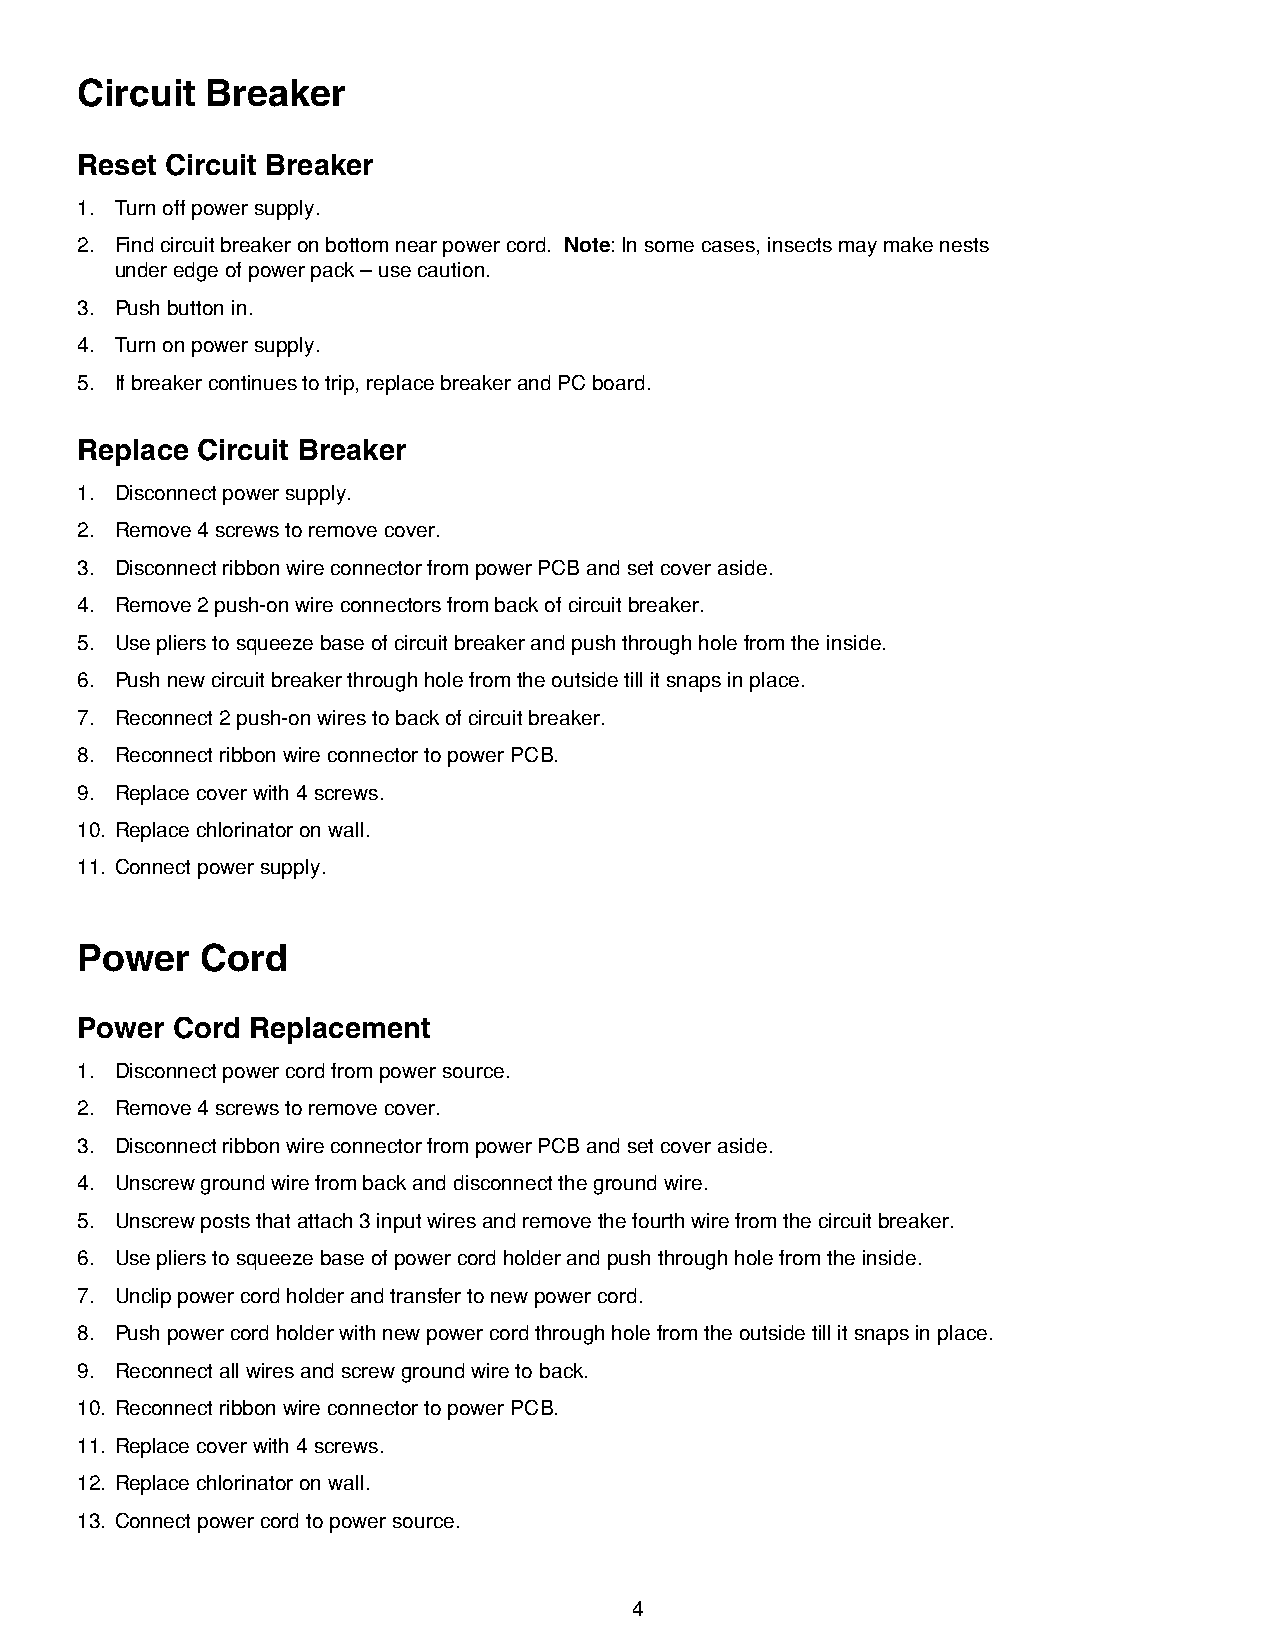
Circuit  Breaker
 Reset Circuit Breaker
 1 . Turn off power supply .
 2 . Find circuit breaker on bottom near power cord . Note: In some cases, insects may make nests
 under edge of power pack – use caution .
 3 . Push button in .
 4 . Turn on power supply .
 5 . If breaker continues to trip, replace breaker and PC board .
 Replace Circuit Breaker
 1 . Disconnect power supply .
 2 . Remove 4 screws to remove cover .
 3 . Disconnect ribbon wire connector from power PCB and set cover aside .
 4 . Remove 2 push-on wire connectors from back of circuit breaker .
 5 . Use pliers to squeeze base of circuit breaker and push through hole from the inside .
 6 . Push new circuit breaker through hole from the outside till it snaps in place .
 7 . Reconnect 2 push-on wires to back of circuit breaker .
 8 . Reconnect ribbon wire connector to power PCB .
 9 . Replace cover with 4 screws .
 10 . Replace chlorinator on wall .
 11 . Connect power supply .
 Power   Cord
 Power Cord Replacement
 1 . Disconnect power cord from power source .
 2 . Remove 4 screws to remove cover .
 3 . Disconnect ribbon wire connector from power PCB and set cover aside .
 4 . Unscrew ground wire from back and disconnect the ground wire .
 5 . Unscrew posts that attach 3 input wires and remove the fourth wire from the circuit breaker .
 6 . Use pliers to squeeze base of power cord holder and push through hole from the inside .
 7 . Unclip power cord holder and transfer to new power cord .
 8 . Push power cord holder with new power cord through hole from the outside till it snaps in place .
 9 . Reconnect all wires and screw ground wire to back .
 10 . Reconnect ribbon wire connector to power PCB .
 11 . Replace cover with 4 screws .
 12 . Replace chlorinator on wall .
 13 . Connect power cord to power source .
 4